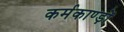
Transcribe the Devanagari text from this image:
कर्मकाण्ड़ों